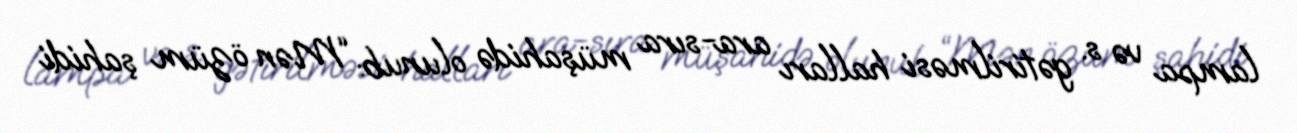
lampa və s. gətirilməsi halları ara-sıra müşahidə olunub: “Mən özüm şahidi